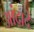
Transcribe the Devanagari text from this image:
आंद्रादे